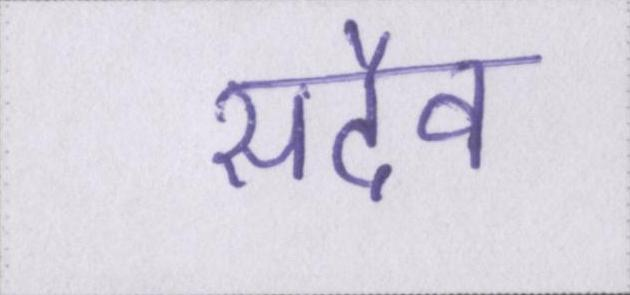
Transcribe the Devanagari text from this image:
सदैव